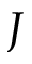
J